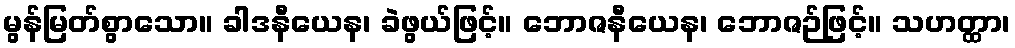
မွန်မြတ်စွာသော။ ခါဒနီယေန၊ ခဲဖွယ်ဖြင့်။ ဘောဇနီယေန၊ ဘောဇဉ်ဖြင့်။ သဟတ္ထာ၊